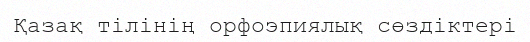
Қазақ тілінің орфоэпиялық сөздіктері